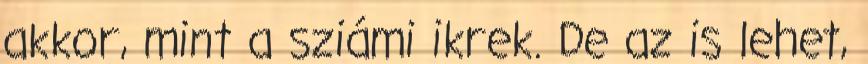
akkor, mint a sziámi ikrek. De az is lehet,